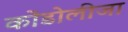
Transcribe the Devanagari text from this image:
कोंडोलीजा